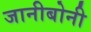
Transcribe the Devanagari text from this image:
जानीबोनी